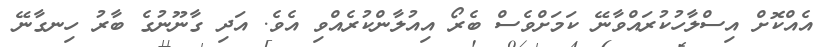
އެއްކޮށް އިސްލާހުކުރައްވާނޭ ކަަމަށްވެސް ބެރޯ އިއުލާންކުރެއްވި އެވެ. އަދި ގާނޫނުގެ ބާރު ހިނގާނޭ